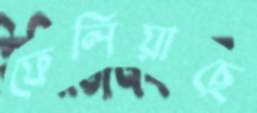
ফেলিয়াছে